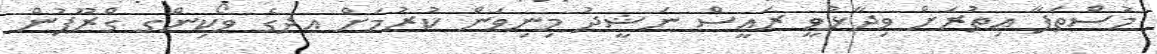
މުސްތަފާ އިތުރަށް ވިދާޅުވީ ރައީސް ނަޝީދު މިނިވަން ކުރުމަށް އދގެ ވޯކިންގ ގްރޫޕުން